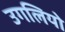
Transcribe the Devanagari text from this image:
उगलियो